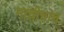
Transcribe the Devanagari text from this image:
माचीचाच